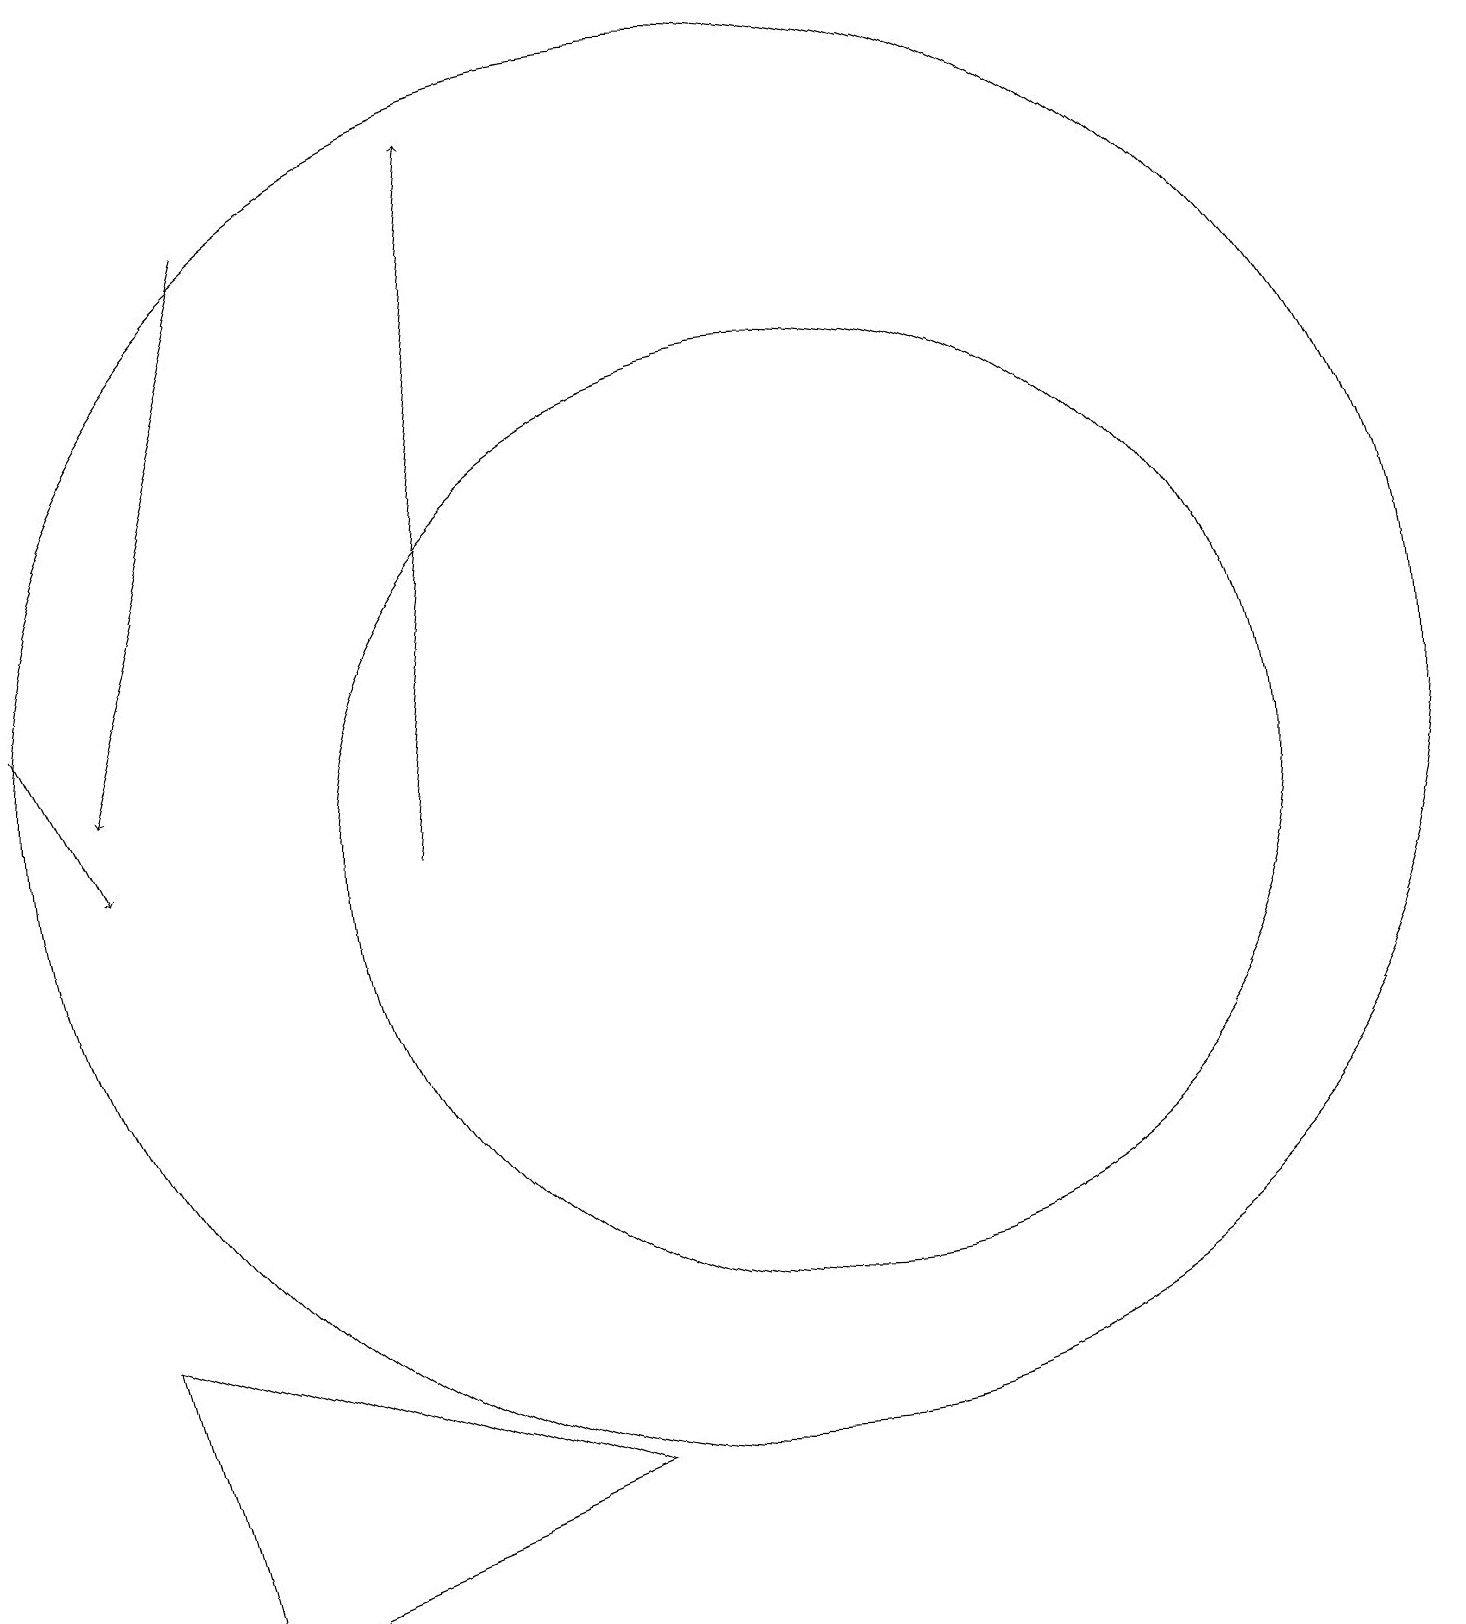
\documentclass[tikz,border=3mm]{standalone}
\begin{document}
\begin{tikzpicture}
\draw[->] (4,18) -- (2,11);
\draw (11,10) circle (6);
\draw[->] (1,12) -- (2,10);
\draw[->] (6,10) -- (7,19);
\draw (10,11) circle (9);
\draw (8,2) -- (2,4) -- (3,0) -- cycle;
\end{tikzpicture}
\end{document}